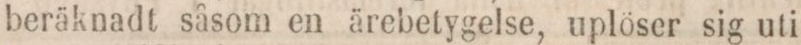
beräknadt såsom en ärebetygelse, uplöser sig uti